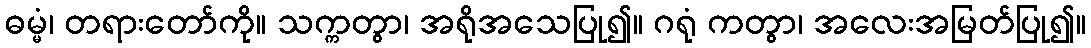
ဓမ္မံ၊ တရားတော်ကို။ သက္ကတွာ၊ အရိုအသေပြု၍။ ဂရုံ ကတွာ၊ အလေးအမြတ်ပြု၍။